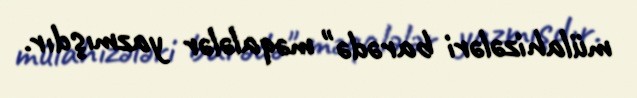
mülahizələri barədə" məqalələr yazmışdır.